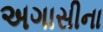
અગાસીના